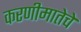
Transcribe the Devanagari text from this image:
करणीमातेचे